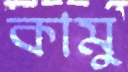
কামু